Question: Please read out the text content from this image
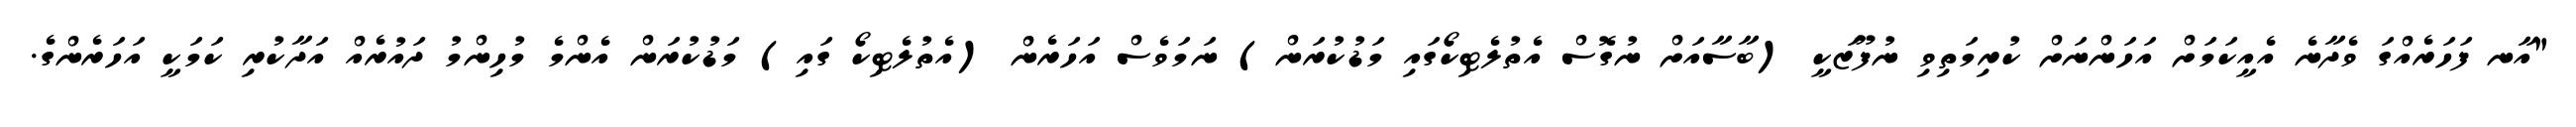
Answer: "އާނ ފަހަރެއްގަ ވެދާނެ އެއީކަމަށް އަހަންނަށް ކުރިމަތިވި ނުފޫޒަކީ (ބާސާއަށް ނުގޮސް އެތުލެޓިކޯގައި މަޑުކުރަން) ނަމަވެސް އަހަރެން (އެތުލެޓިކޯ ގައި) މަޑުކުރަން އެންމެ މުހިންމު ދައުރެއް އަދާކުރި ކަމަކީ އަހަރެންގެ.